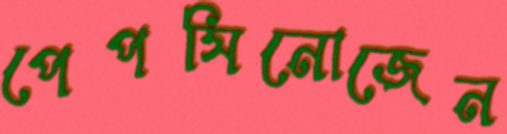
পেপসিনোজেন